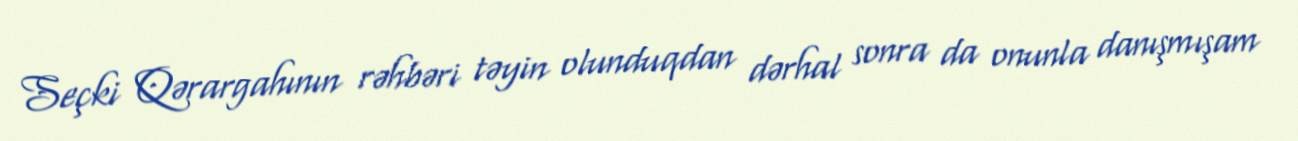
Seçki Qərargahının rəhbəri təyin olunduqdan dərhal sonra da onunla danışmışam